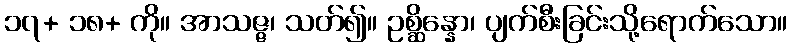
၁၇+ ၁၈+ ကို။ အာသဇ္ဇ၊ သတ်၍။ ဥစ္ဆိန္နော၊ ပျက်စီးခြင်းသို့ရောက်သော။